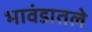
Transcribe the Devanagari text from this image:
भावंडातले